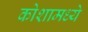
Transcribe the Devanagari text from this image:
कोशामध्ये